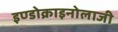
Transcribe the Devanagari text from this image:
इण्डोक्राइनोलाजी